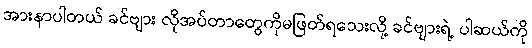
အားနာပါတယ် ခင်ဗျား လိုအပ်တာတွေကိုမဖြတ်ရသေးလို့ ခင်ဗျားရဲ့ ပါဆယ်ကို